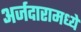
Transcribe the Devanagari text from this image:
अर्जदारामध्ये